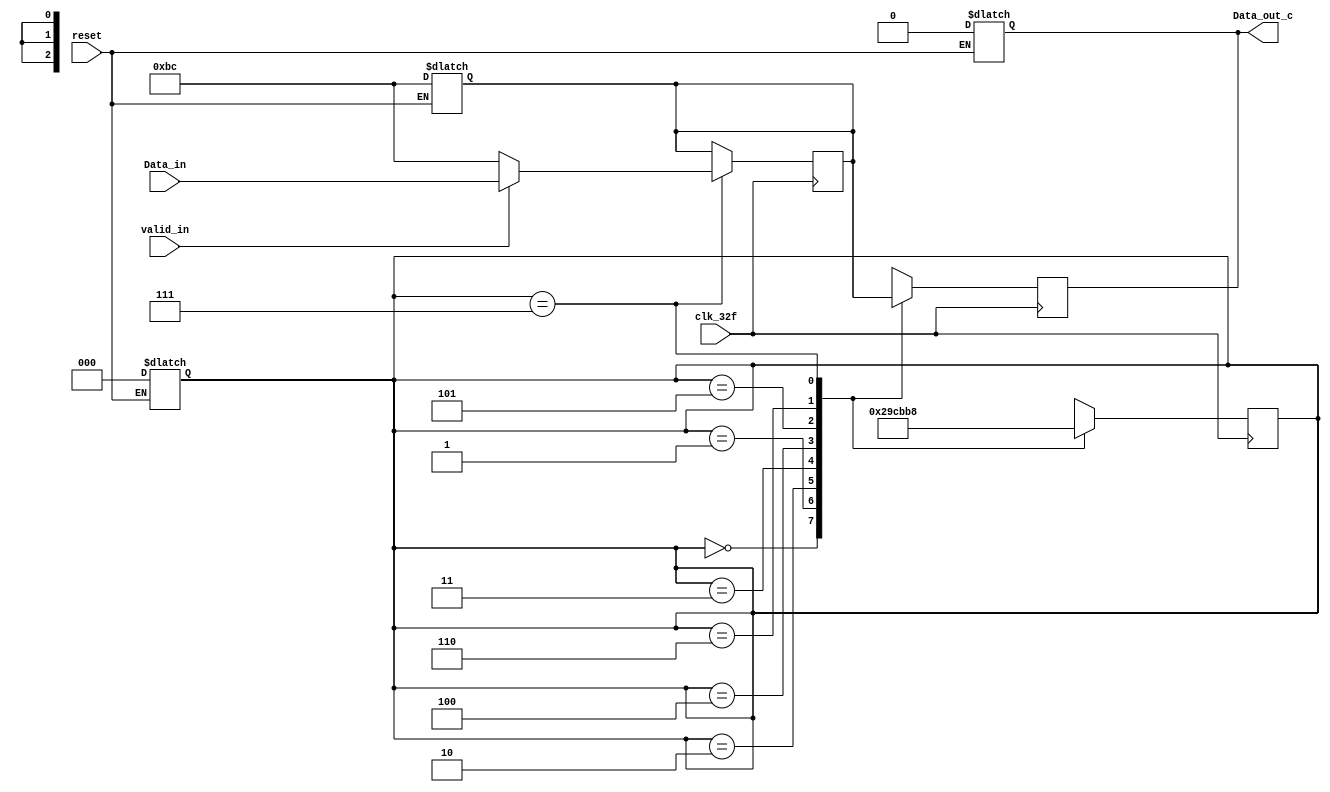
module parallel_serial_c (
	input clk_32f,
	input reset,
	input valid_in,
	input [7:0] Data_in,
	output reg Data_out_c
);
	reg [7:0] data2send;
	reg [2:0] contador; 

	always @(*) begin
		if (reset == 0) begin
			Data_out_c <= 0;
			data2send <= 'hBC;
			contador <= 3'b000;
		end
	end

	always @(posedge clk_32f) begin
		case (contador)
			3'b000:
			begin
				Data_out_c <= data2send[7];
				contador <= 3'b001;
			end
			3'b001:
			begin
				Data_out_c <= data2send[6];
				contador <= 3'b010;
			end
			3'b010:
			begin
				Data_out_c <= data2send[5];
				contador <= 3'b011;
			end
			3'b011:
			begin
				Data_out_c <= data2send[4];
				contador <= 3'b100;
			end
			3'b100:
			begin
				Data_out_c <= data2send[3];
				contador <= 3'b101;
			end
			3'b101:
			begin
				Data_out_c <= data2send[2];
				contador <= 3'b110;
			end
			3'b110:
			begin
				Data_out_c <= data2send[1];
				contador <= 3'b111;
			end
			3'b111:
			begin
				Data_out_c <= data2send[0];
				contador <= 3'b000;
				if (valid_in) data2send <= Data_in;
				else data2send <= 'hBC; 
			end
		endcase
	end
endmodule